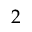
2